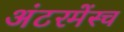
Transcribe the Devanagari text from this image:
अंटरमेंस्च